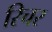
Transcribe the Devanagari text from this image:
रिचर